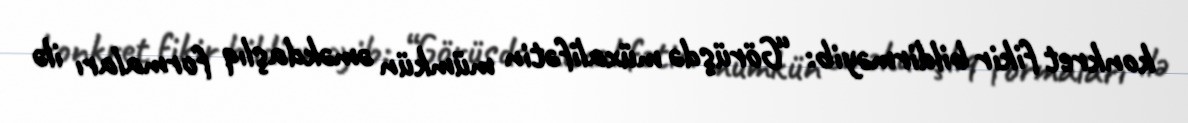
konkret fikir bildirməyib: “Görüşdə müxalifətin mümkün əməkdaşlıq formaları ilə